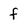
Character: f